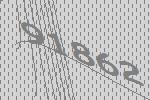
91862